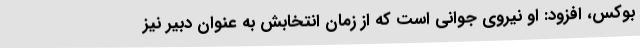
بوکس، افزود: او نیروی جوانی است که از زمان انتخابش به عنوان دبیر نیز